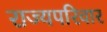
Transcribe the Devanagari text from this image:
राज्यपरिवार